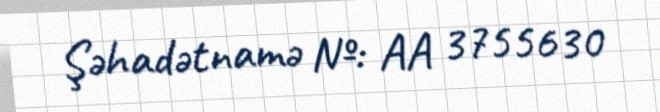
Şəhadətnamə №: AA 3755630